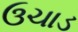
ઉચાડ